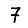
Digit: 7